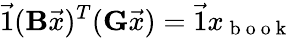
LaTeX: \vec{1}(\mathbf{B}\vec{x})^{T}(\mathbf{G}\vec{x})=\vec{1}x_{\mathrm{~b~o~o~k~}}